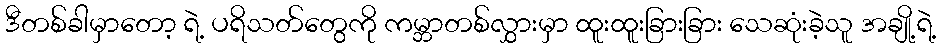
ဒီတစ်ခါမှာတော့ ရဲ့ ပရိသတ်တွေကို ကမ္ဘာတစ်လွှားမှာ ထူးထူးခြားခြား သေဆုံးခဲ့သူ အချို့ရဲ့